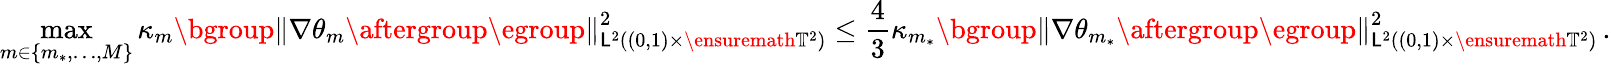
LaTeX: \operatorname*{max}_{m\in\{ m_{*},\ldots,M\} }\kappa_{m}\mathopen{}\mathclose\bgroup\left\| \nabla\theta_{m}\aftergroup\egroup\right\| _{\mathsf{L}^{2}((0,1)\times\ensuremath{{\mathbb{{T}}}}^{2})}^{2}\leq\frac{4}{3}\kappa_{m_{*}}\mathopen{}\mathclose\bgroup\left\| \nabla\theta_{m_{*}}\aftergroup\egroup\right\| _{\mathsf{L}^{2}((0,1)\times\ensuremath{{\mathbb{{T}}}}^{2})}^{2}\, .